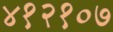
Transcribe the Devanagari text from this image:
४१२१०७